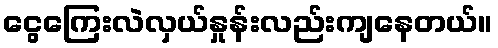
ငွေကြေးလဲလှယ်နှုန်းလည်းကျနေတယ်။